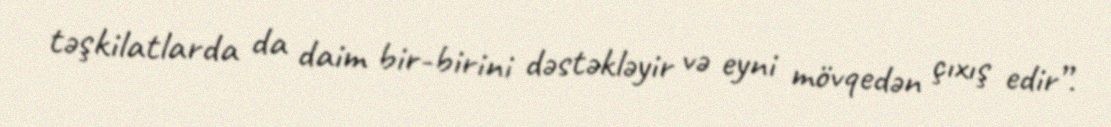
təşkilatlarda da daim bir-birini dəstəkləyir və eyni mövqedən çıxış edir”.